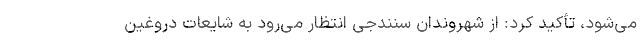
می‌شود، تأکید کرد: از شهروندان سنندجی انتظار می‌رود به شایعات دروغین